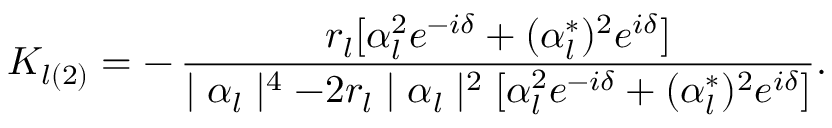
K _ { l ( 2 ) } = - \, \frac { r _ { l } [ \alpha _ { l } ^ { 2 } e ^ { - i \delta } + ( \alpha _ { l } ^ { * } ) ^ { 2 } e ^ { i \delta } ] } { \mid \alpha _ { l } \mid ^ { 4 } - 2 r _ { l } \mid \alpha _ { l } \mid ^ { 2 } [ \alpha _ { l } ^ { 2 } e ^ { - i \delta } + ( \alpha _ { l } ^ { * } ) ^ { 2 } e ^ { i \delta } ] } .